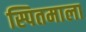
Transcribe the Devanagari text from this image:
स्पितमाला